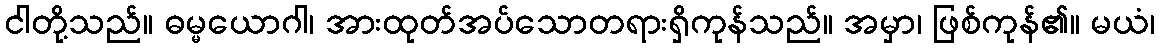
ငါတို့သည်။ ဓမ္မယောဂါ၊ အားထုတ်အပ်သောတရားရှိကုန်သည်။ အမှာ၊ ဖြစ်ကုန်၏။ မယံ၊